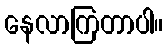
နေလာကြတာပါ။